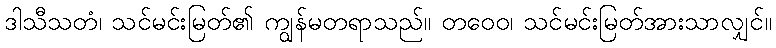
ဒါသီသတံ၊ သင်မင်းမြတ်၏ ကျွန်မတရာသည်။ တဝေဝ၊ သင်မင်းမြတ်အားသာလျှင်။